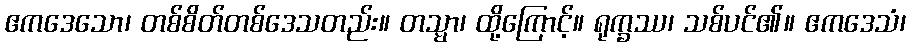
ဧကဒေသော၊ တစ်စိတ်တစ်ဒေသတည်း။ တသ္မာ၊ ထို့ကြောင့်။ ရုက္ခဿ၊ သစ်ပင်၏။ ဧကဒေသံ၊